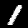
Digit: 1